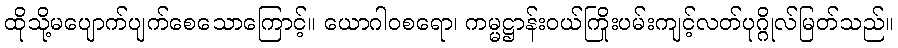
ထိုသို့မပျောက်ပျက်စေသောကြောင့်။ ယောဂါဝစရော၊ ကမ္မဋ္ဌာန်းဝယ်ကြိုးပမ်းကျင့်လတ်ပုဂ္ဂိုလ်မြတ်သည်။